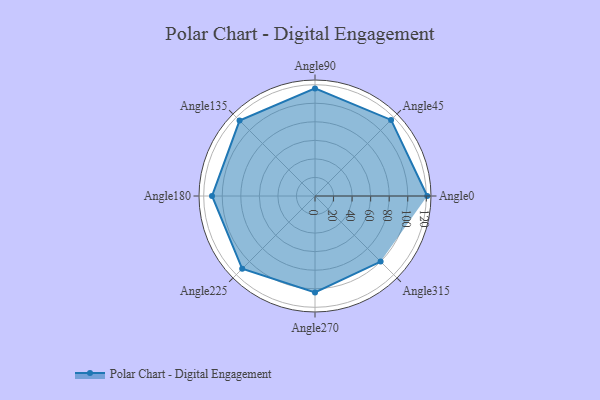
{"axis": {"x": "Angle", "y": "Radius"}, "legend": [""], "data": [{"x": "Angle0", "y": 121.0, "type": ""}, {"x": "Angle45", "y": 116.0, "type": ""}, {"x": "Angle90", "y": 116.0, "type": ""}, {"x": "Angle135", "y": 115.0, "type": ""}, {"x": "Angle180", "y": 111.0, "type": ""}, {"x": "Angle225", "y": 111.0, "type": ""}, {"x": "Angle270", "y": 104.0, "type": ""}, {"x": "Angle315", "y": 100.0, "type": ""}]}